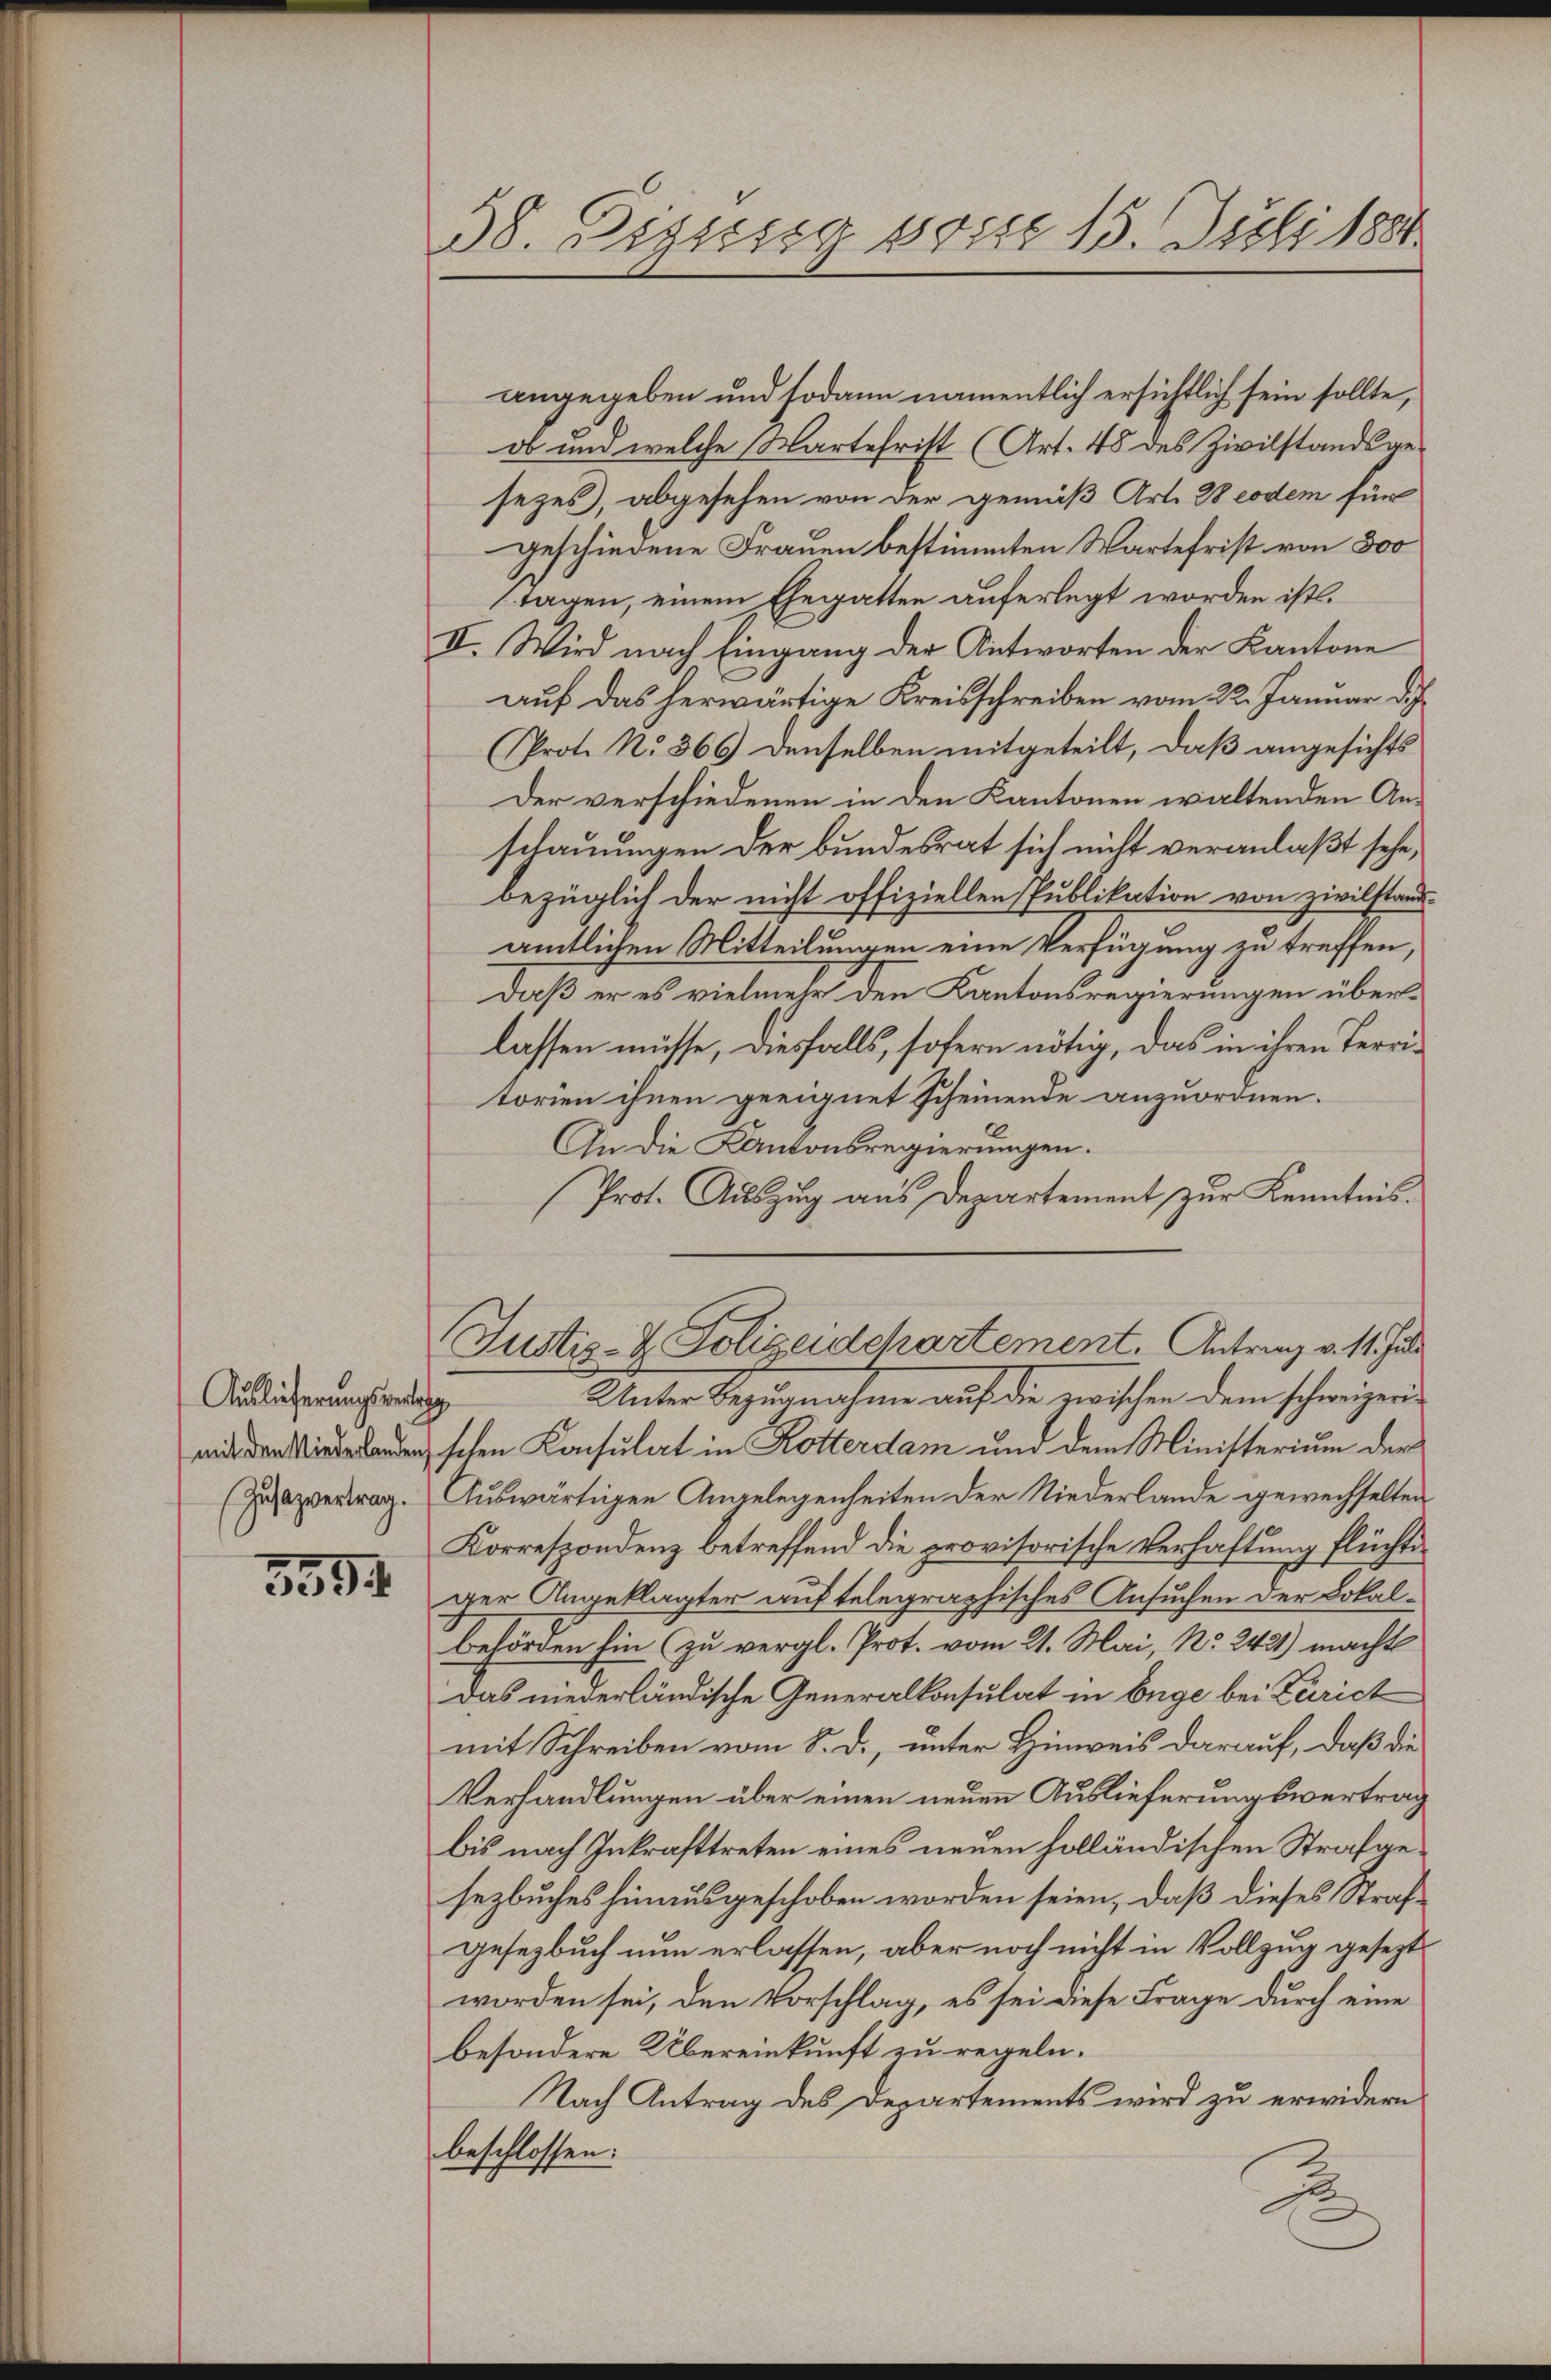
Auslieferungsvertrag

5554

38. Digusig besse 15. Julitzer

angegeben und sodann namentlich ersichtlich sein sollte,
ob und welche Kartefrist (Art. 48 des Zivilstandsge-
sezes, abgesehen von der gemäß Art. 38 eodem für
geschiedene Frauen bestimmten Wartefrist von 800
tagen, einem Ehegatten auferlegt worden ist.
II. Wird nach Eingang der Antworten der Kantone
auf das herwärtige Kreisschreiben vom 22. Januar di
Prot. No 366) Denselben mitgeteilt, daß angesichts
Der verschiedenen in den Kantonen waltenden Anschauungen der bundesrat sich nicht veranlaßt sehe,
bezüglich der nicht offiziellen Publikation von zivilstandamtlichen Mitteilungen eine Verfügung zu treffen,
daß er es vielmehr den Kantonsregierungen überlassen müsse, diesfalls, sofern nötig, das in ihren Territorien ihnen geeignet scheinende anzuordnen.
An die Kantonsregierungen.
Prot. Auszug aus Departement zur Kenntnis.
Justiz- & Polizeidepartement. Antrag v. 11. Juli
Unter Bezugnahme auf die zwischen dem schweizeri
nschen Konsulat in Rotterdam und dem Ministerium der
(Zuazvertrag. Auswärtigen Angelegenheiten der Niederlande gewechselten
Korrespondenz betreffend die provisorische Verhaftung flüchte
ger Angeklagter auf telegraphisches Ansuchen der Lokal¬
Behörden hin zu vergl. Prot. vom 21. Mai, No. 242) macht
Das niederländische Generalkonsulat in Enge bei Zürich
mit Schreiben vom S. D., unter Hinweis darauf, daß die
Verhandlungen über einen neuen Auslieferungsvertrag
bis nach Inkrafttreten eines neuen holländischen Strafgesezbuches hinausgeschoben worden seien, daß dieses Strafgesetzbuch nun erlassen, aber noch nicht in Vollzug gesezt
worden sei, den Vorschlag, es sei diese Frage durch eine
besondere Übereinkunft zu regeln.
Nach Antrag des Departements wird zu erwidern
beschlossen:
B
.